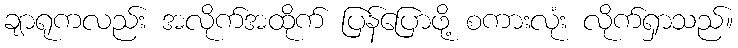
ချာရုကလည်း အလိုက်အထိုက် ပြန်ပြောဖို့ စကားလုံး လိုက်ရှာသည်။